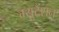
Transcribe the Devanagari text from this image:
म्युटैंशन